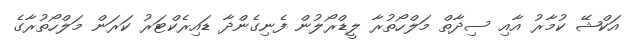
އަކްޝޭ ކުމާރު އާއި ސިދާތް މަލްހޯތުރާ ލީޑްރޯލުން ފެނިގެންދާ ޑައިރެކްޓަރު ކަރަން މަލްހޯތުރާގެ